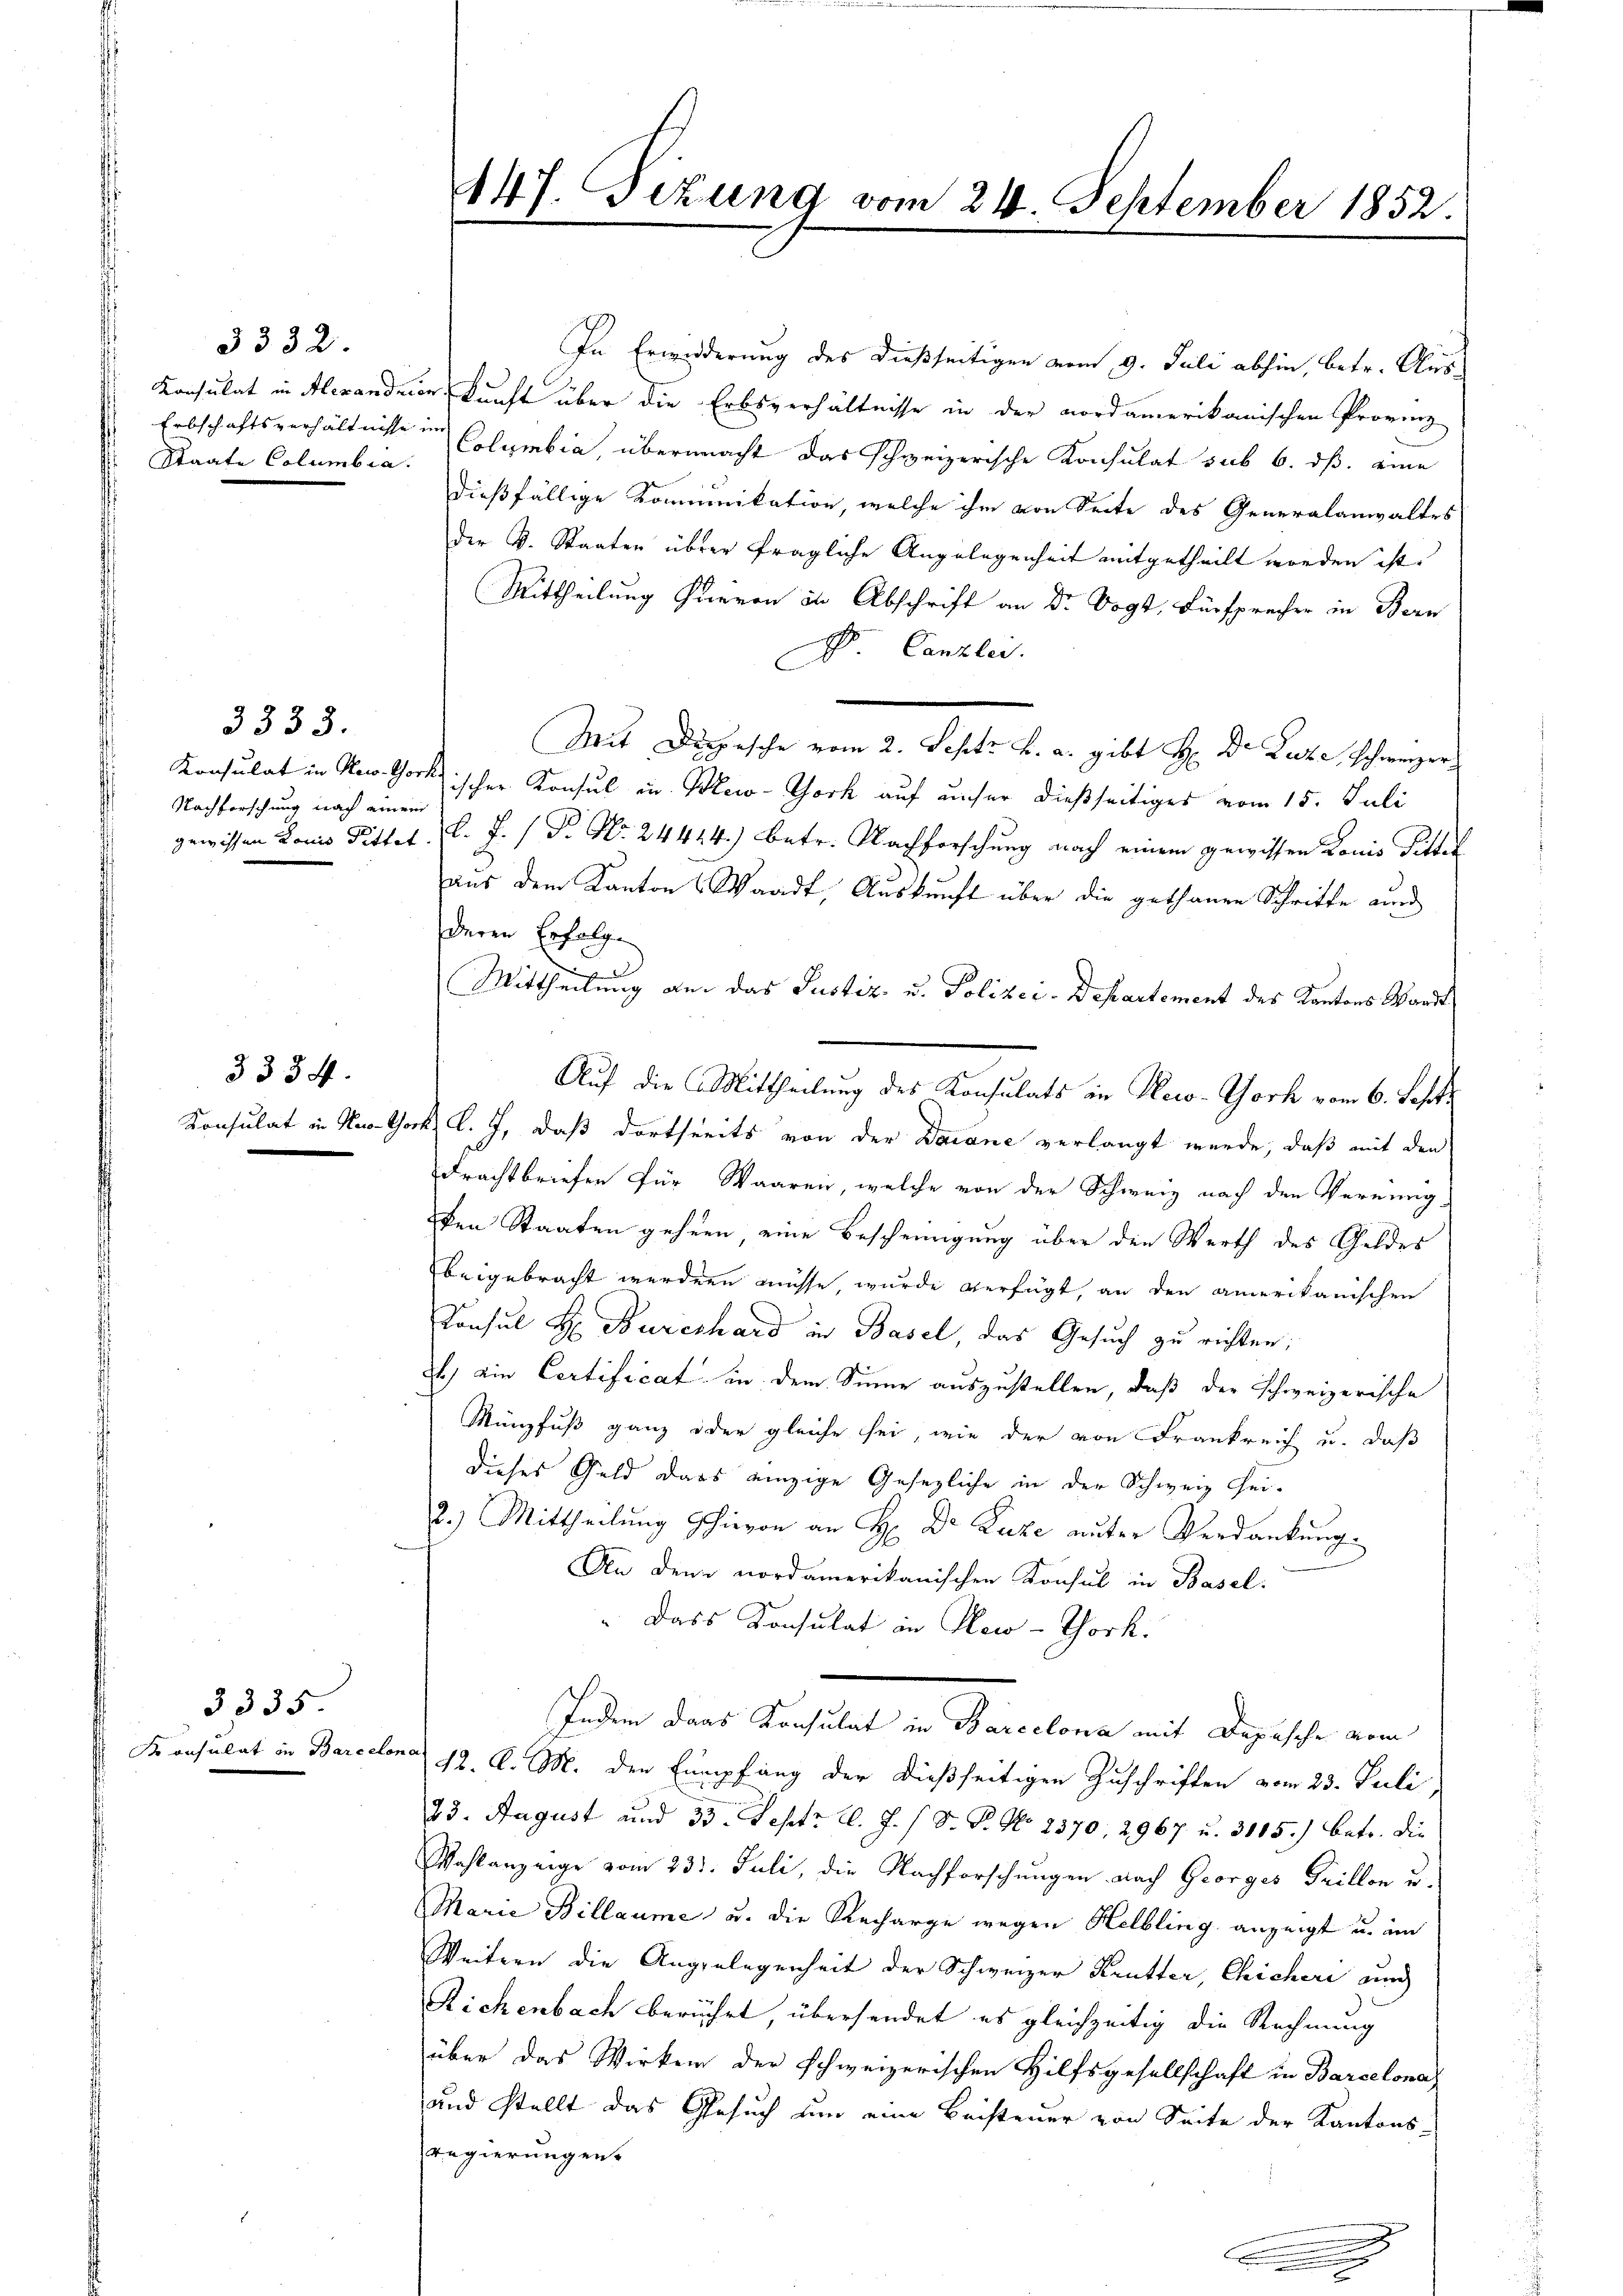
3332.

Staate Columbia.

Nachforschung nach einem

3334.

3333.

3335

447. Sitzung vom 24. September 1852.

In Erwiderung des dießseitigen vom 9. Juli abhin, betr. Aus¬
Konsulat in Alexandrienkunft über die Erbsverhältnisse in der nordamerikanischen Provinz
Erbschaftsverhältnisse in Columbia, übermacht das schweizerische Konsulat sub 6. ds. eine
dießfällige Komminikation, welche ihm von Seite des Generalanwaltes
der V. Staaten über fragliche Angelegenheit mitgetheilt worden ist.
Mittheilung hievon in Abschrift an Dr Vogt, Fürsprecher in Bern
D Canzlei.
Mit Depesche vom 2. Sept. B. a. gibt H: Dr. Luze schweizer
Konsulat in Newtorkischer Konsul in Meco-York auf unser dießseitiges vom 15. Juli
gewissen Louis Pittet. l. J. / Fr. No. 24414.) betr. Nachforschung nach einem gewissen Lauis Pitter
aus dem Kanton Waadt, Auskunft über die gethanen Schritte und
deren Erfolge
u
Mittheilung an das Justiz- u. Polizei-Departement des Kantons Waadt
Auf die Mittheilung des Konsulats in Reco-Goch vom 6. Jehrte
Konsulat in Nestock, l. J. daß dortheits von der Darane verlangt werde, daß mit den
Frachtbriefen für Waaren, welche von der Schweiz nach den Vernung-
den Staaten gehen eine Bescheinigung über den Werth des Geldes
beigebracht werden müsse, wurde verfügt, an den amerikanischen
Konsul H Burckhard in Basel, das Gesuch zu richten;
1.) Die Certificat in dem Sinne auszustellen, daß der schweizerische
Münzfuß ganz oder gleiche sei, wie der von Frankreich u. daß
dieses Geld dass einzige Gesezliche in der Schweiz hei¬
2.) Mittheilung schievon an H: Dr. Luze aufer Verdankung.
An den nordamerikanischen Konsul in Basel.
" Dass Konsulat in New-Thork.
Indem dans Konsulat in Barcelona mit Depesche vom
Konsulat in Barcelona 12. d. M. den Empfang der dießseitigen Zuschriften vom 23. Juli,
23. August und 33. Gesetz l. J. / D. P. No 2370, 2967 u. 3105.) Betr. die
Wahlanzeige vom 231. Juli, die Nachforschungen nach Georges Grillon u.
Marie Billaume u. die Recharge wegen Helbling anzeigt u. am
Weitern die Angelegenheit der Schweizer Krutter, Chicheri und
Richenbach berührt, übersendet es gleichzeitig die Rechnung
über das Wirken der schweizerischen Hilfsgesellschaft in Barcelona
und stellt das Gesuch um eine Beisteuer von Seite der Kantons
Regierungen